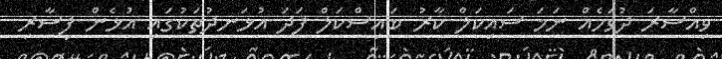
ވިއްސާރަ ދުވަހެއް ނަމަ ސައިކަލް ކާރު ބައިސްކަލް ފަދަ އުޅަނދުތަކުގައި އުޅެން ފިސާރި